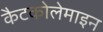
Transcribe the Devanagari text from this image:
कैटकोलेमाइन